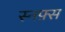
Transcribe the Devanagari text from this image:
स्नफ़्स